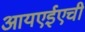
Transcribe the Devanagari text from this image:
आयएईएची